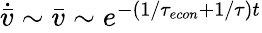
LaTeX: \begin{array}{r}{\dot{\bar{v}}\sim\bar{v}\sim e^{-(1/{\tau_{econ}}+1/\tau)t}}\end{array}